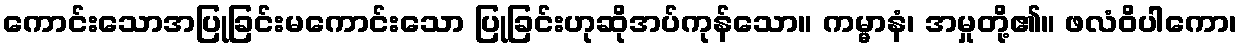
ကောင်းသောအပြုခြင်းမကောင်းသော ပြုခြင်းဟုဆိုအပ်ကုန်သော။ ကမ္မာနံ၊ အမှုတို့၏။ ဖလံဝိပါကော၊